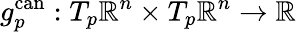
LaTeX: g_{p}^{\mathrm{can}}:T_{p}\mathbb{R}^{n}\times T_{p}\mathbb{R}^{n}\to\mathbb{R}